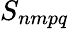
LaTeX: S_{nmpq}